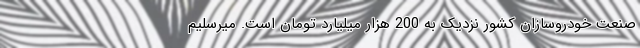
صنعت خودروسازان کشور نزدیک به 200 هزار میلیارد تومان است. میرسلیم